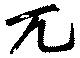
兀